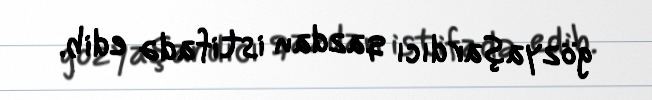
gözyaşardıcı qazdan istifadə edib.